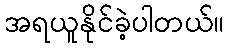
အရယူနိုင်ခဲ့ပါတယ်။